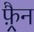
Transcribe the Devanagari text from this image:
फ़्रैन